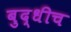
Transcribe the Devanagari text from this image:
बुद्धीच